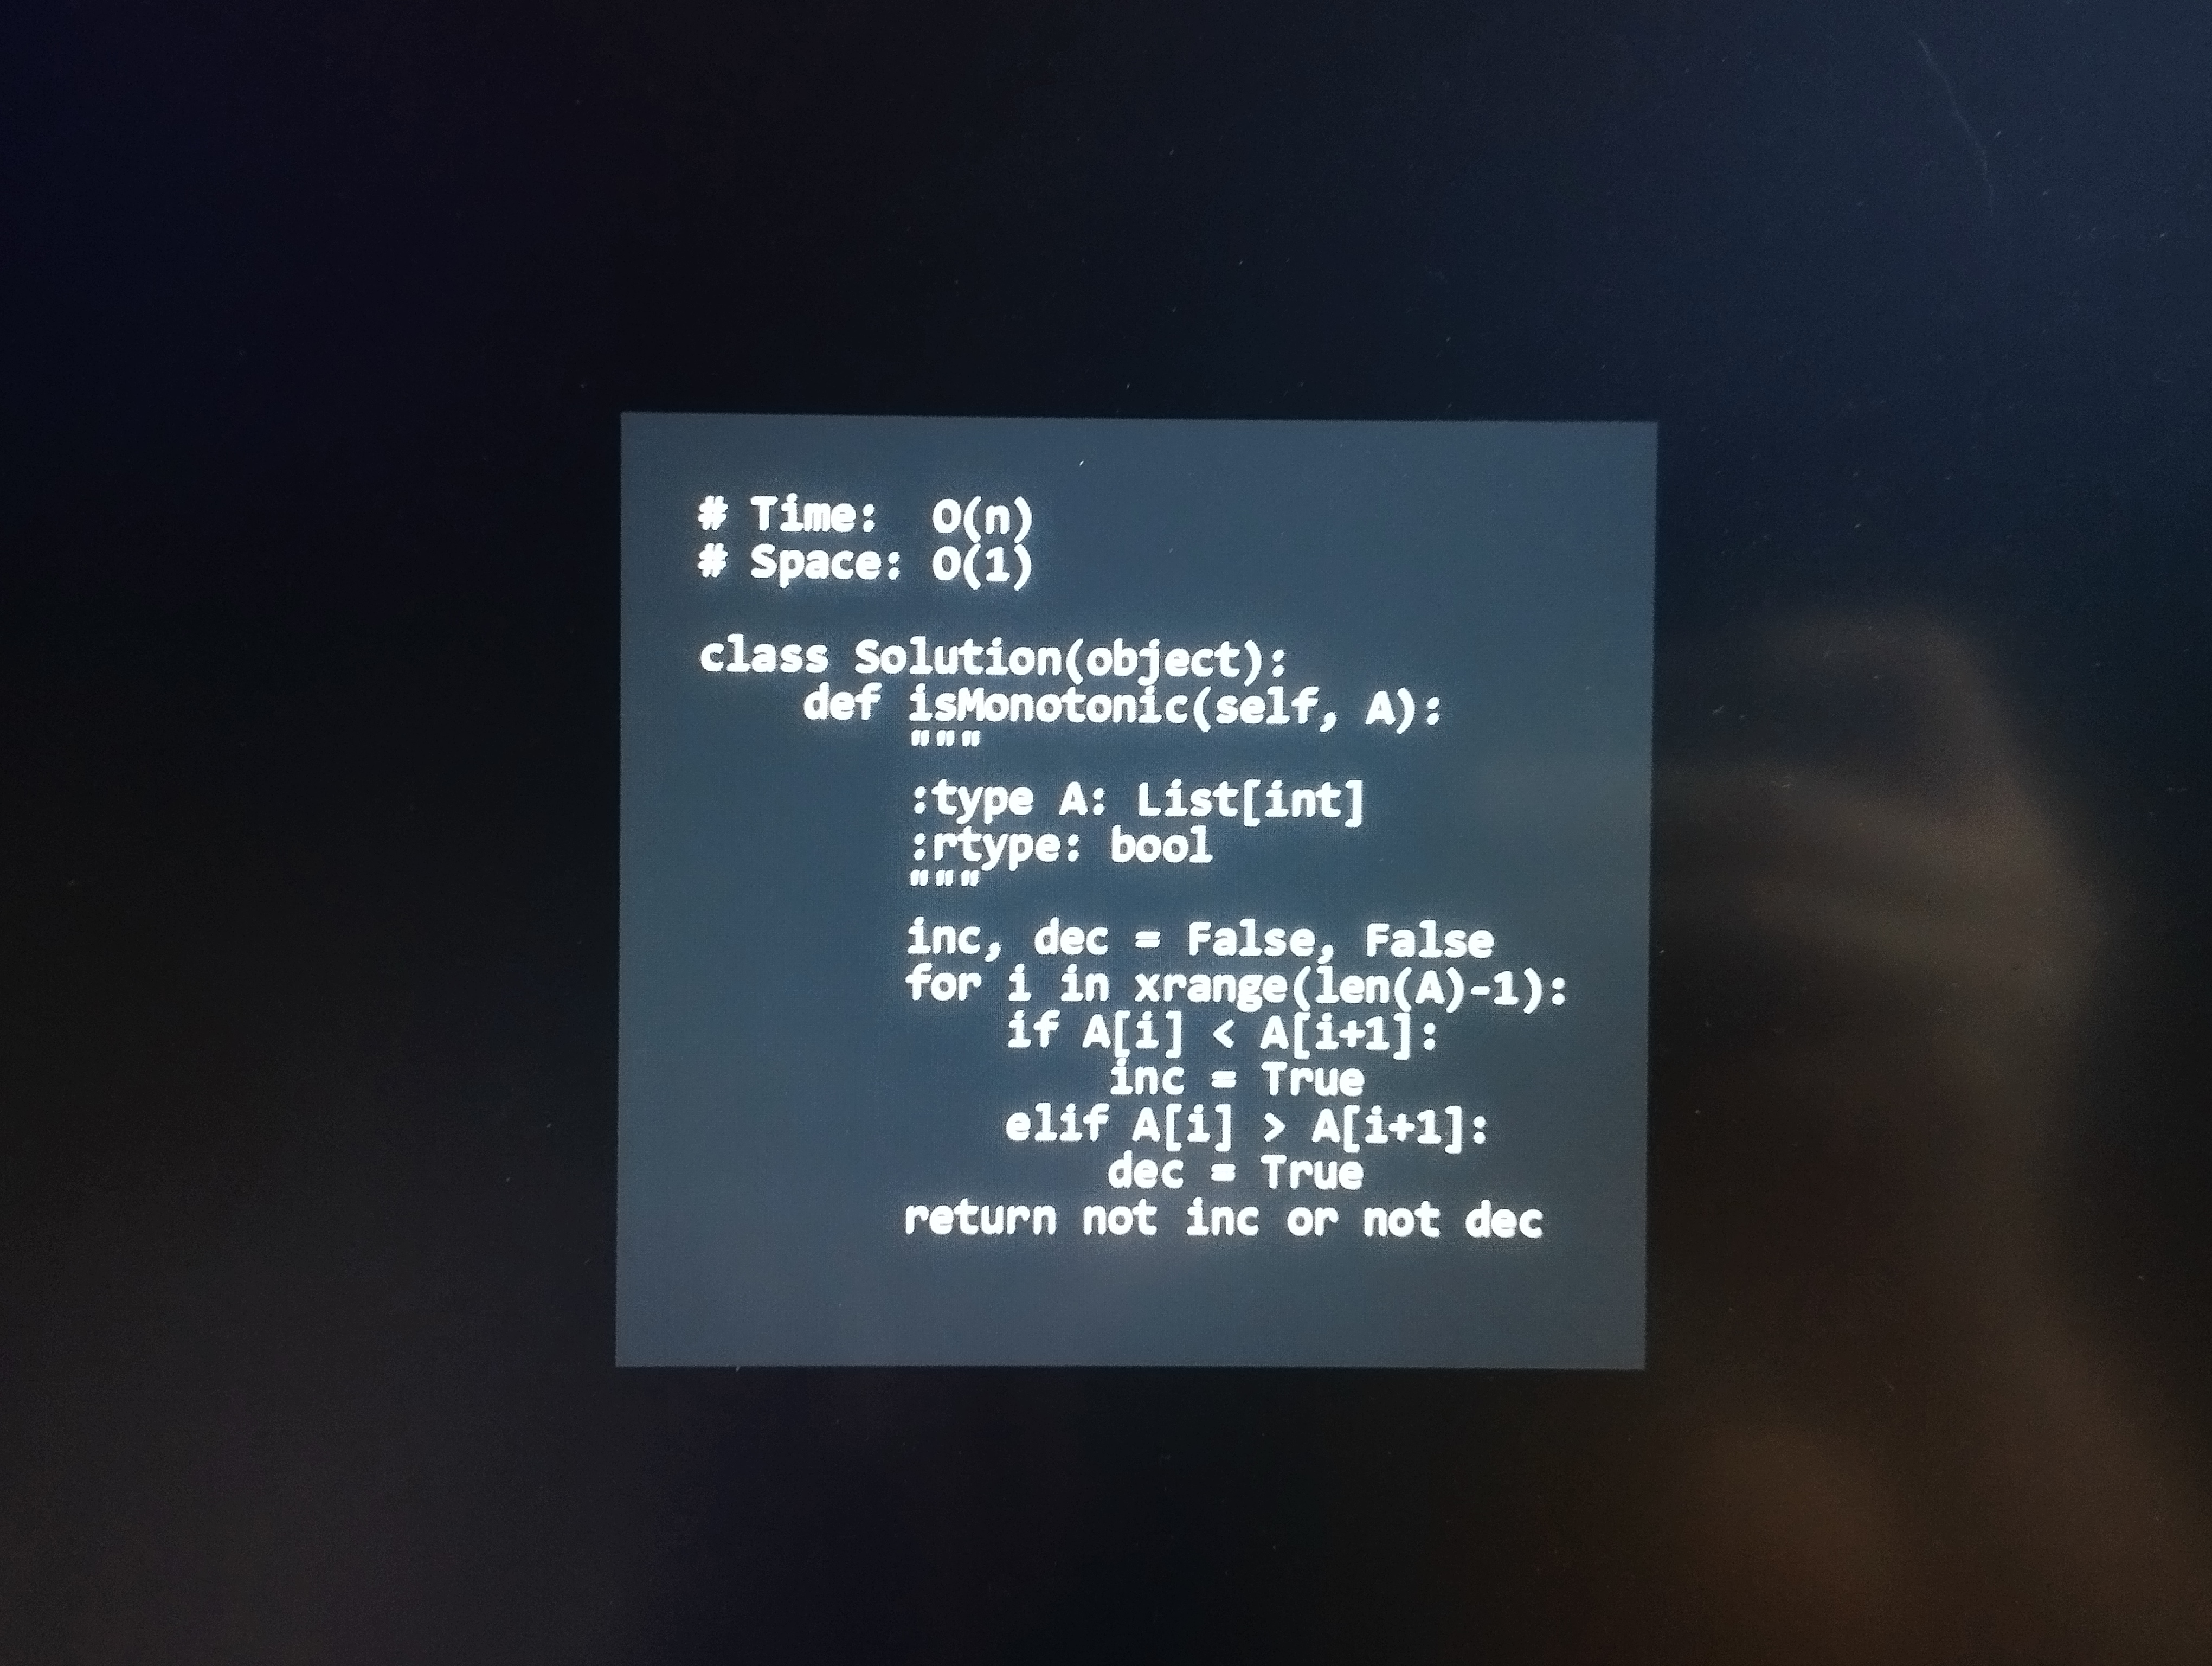
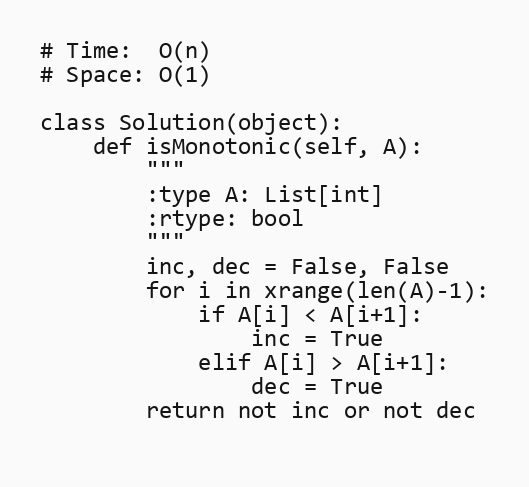
# Time:  O(n)
# Space: O(1)

class Solution(object):
    def isMonotonic(self, A):
        """
        :type A: List[int]
        :rtype: bool
        """
        inc, dec = False, False
        for i in xrange(len(A)-1):
            if A[i] < A[i+1]:
                inc = True
            elif A[i] > A[i+1]:
                dec = True
        return not inc or not dec